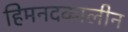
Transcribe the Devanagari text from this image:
हिमनदकालीन